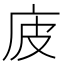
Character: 𢇳